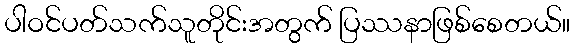
ပါဝင်ပတ်သက်သူတိုင်းအတွက် ပြဿနာဖြစ်စေတယ်။